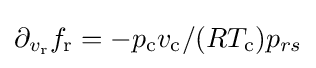
\partial _{v_{\text{r}}}f_{\text{r}}=-p_{\text{c}}v_{\text{c}}/(RT_{\text{c}})p_{rs}